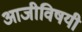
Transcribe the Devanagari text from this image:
आजीविषयी